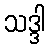
သဒ္ဒါ